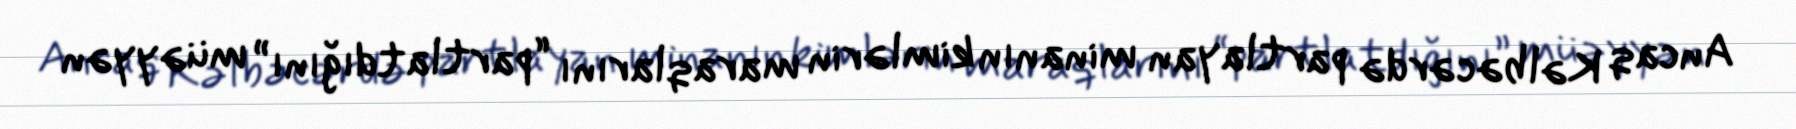
Ancaq Kəlbəcərdə partlayan minanın kimlərin maraqlarını “partlatdığını” müəyyən